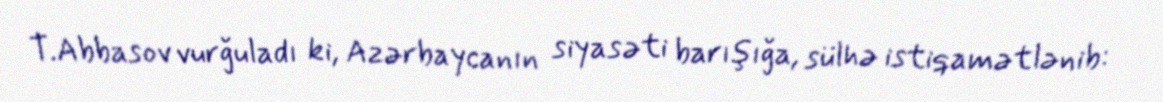
T.Abbasov vurğuladı ki, Azərbaycanın siyasəti barışığa, sülhə istiqamətlənib: